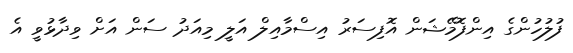
ފުލުހުންގެ އިންފޮމޭޝަން އޮފިސަރު އިސްމާއިލް އަލީ މިއަދު ސަން އަށް ވިދާޅުވީ އެ